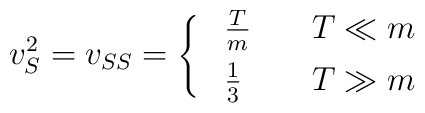
v_S^2=v_{SS}=\left\{\ \begin{array}{ll} \frac Tm&\quad T\ll m\\[1.5mm]      \frac 13 &\quad T\gg m \end{array}\right.